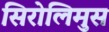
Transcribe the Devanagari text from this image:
सिरोलिमुस